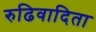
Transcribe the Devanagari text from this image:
रुढिवादिता